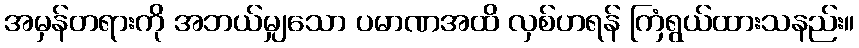
အမှန်တရားကို အဘယ်မျှသော ပမာဏအထိ လှစ်ဟရန် ကြံရွယ်ထားသနည်း။